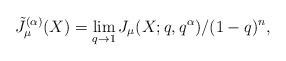
LaTeX: \begin{align*}{\tilde J}_{\mu}^{(\alpha)}(X) = \lim _{q \to 1} J_{\mu}(X;q,q^{\alpha})/(1-q)^n,\end{align*}